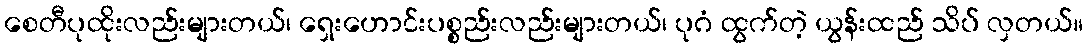
စေတီပုထိုးလည်းများတယ်၊ ရှေးဟောင်းပစ္စည်းလည်းများတယ်၊ ပုဂံ ထွက်တဲ့ ယွန်းထည် သိပ် လှတယ်။